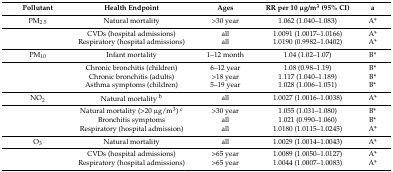
<table><thead><tr><td><b>Pollutant</b></td><td><b>Health Endpoint</b></td><td><b>Ages</b></td><td><b>RR per 10 μg/m<sup>3</sup> (95% CI)</b></td><td><b>a</b></td></tr></thead><tbody><tr><td>PM<sub>2.5</sub></td><td>Natural mortality</td><td>&gt;30 year</td><td>1.062 (1.040–1.083)</td><td>A*</td></tr><tr><td></td><td>CVDs (hospital admissions)</td><td>all</td><td>1.0091 (1.0017–1.0166)</td><td>A*</td></tr><tr><td></td><td>Respiratory (hospital admissions)</td><td>all</td><td>1.0190 (0.9982–1.0402)</td><td>A*</td></tr><tr><td>PM<sub>10</sub></td><td>Infant mortality</td><td>1–12 month</td><td>1.04 (1.02–1.07)</td><td>B*</td></tr><tr><td></td><td>Chronic bronchitis (children)</td><td>6–12 year</td><td>1.08 (0.98–1.19)</td><td>B*</td></tr><tr><td></td><td>Chronic bronchitis (adults)</td><td>&gt;18 year</td><td>1.117 (1.040–1.189)</td><td>B*</td></tr><tr><td></td><td>Asthma symptoms (children)</td><td>5–19 year</td><td>1.028 (1.006–1.051)</td><td>B*</td></tr><tr><td>NO<sub>2</sub></td><td>Natural mortality <sup>b</sup></td><td>all</td><td>1.0027 (1.0016–1.0038)</td><td>A*</td></tr><tr><td></td><td>Natural mortality (&gt;20 μg/m<sup>3</sup>) <sup>c</sup></td><td>&gt;30 year</td><td>1.055 (1.031–1.080)</td><td>B*</td></tr><tr><td></td><td>Bronchitis symptoms</td><td>all</td><td>1.021 (0.990–1.060)</td><td>B*</td></tr><tr><td></td><td>Respiratory (hospital admission)</td><td>all</td><td>1.0180 (1.0115–1.0245)</td><td>A*</td></tr><tr><td>O<sub>3</sub></td><td>Natural mortality</td><td>all</td><td>1.0029 (1.0014–1.0043)</td><td>A*</td></tr><tr><td></td><td>CVDs (hospital admissions)</td><td>&gt;65 year</td><td>1.0089 (1.0050–1.0127)</td><td>A*</td></tr><tr><td></td><td>Respiratory (hospital admissions)</td><td>&gt;65 year</td><td>1.0044 (1.0007–1.0083)</td><td>A*</td></tr></tbody></table>